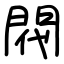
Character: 𫔟